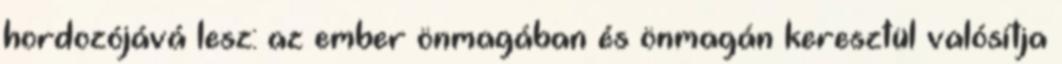
hordozójává lesz: az ember önmagában és önmagán keresztül valósítja